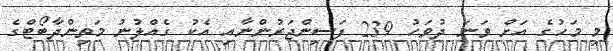
މި މަހުގެ އަށް ވަނަ ދުވަހު 239 ފަސިންޖަރުންނާއި އެކު ގެއްލުނު މަތިންދާބޯޓްގެ